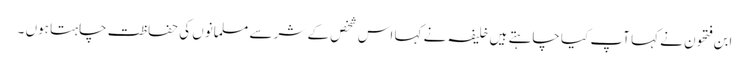
ابن فتحون نے کہا آپ کیا چاہتے ہیں خلیفہ نے کہا اس شخص کے شر سے مسلمانوں کی حفاظت چاہتا ہوں ۔